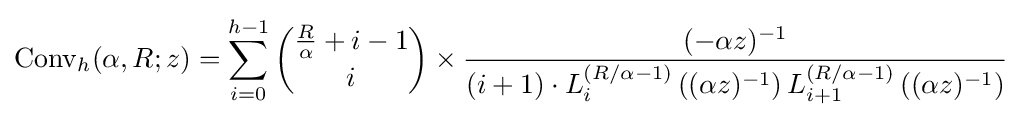
\operatorname {Conv} _{h}(\alpha ,R;z)=\sum _{i=0}^{h-1}{\binom {{\frac {R}{\alpha }}+i-1}{i}}\times {\frac {(-\alpha z)^{-1}}{(i+1)\cdot L_{i}^{\left(R/\alpha -1\right)}\left((\alpha z)^{-1}\right)L_{i+1}^{\left(R/\alpha -1\right)}\left((\alpha z)^{-1}\right)}}